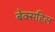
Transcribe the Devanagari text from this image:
बेक्सहिल